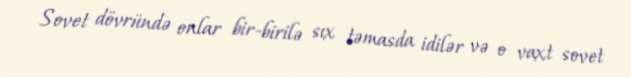
Sovet dövründə onlar bir-birilə sıx təmasda idilər və o vaxt sovet